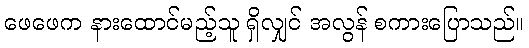
ဖေဖေက နားထောင်မည့်သူ ရှိလျှင် အလွန် စကားပြောသည်။